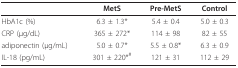
|  | MetS | Pre-MetS | Control |
 | --- | --- | --- | --- |
 | HbA1c (%) | 6.3 ± 1.3* | 5.4 ± 0.4 | 5.0 ± 0.3 |
 | CRP (μg/dL) | 365 ± 272* | 114 ± 98 | 82 ± 55 |
 | adiponectin (μg/mL) | 5.0 ± 0.7* | 5.5 ± 0.8* | 6.3 ± 0.9 |
 | IL-18 (pg/mL) | 301 ± 220*# | 121 ± 31 | 112 ± 29 |